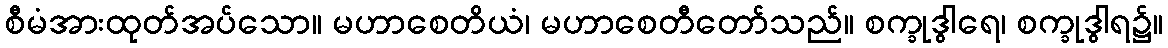
စီမံအားထုတ်အပ်သော။ မဟာစေတိယံ၊ မဟာစေတီတော်သည်။ စက္ခုဒွါရေ၊ စက္ခုဒွါရ၌။